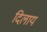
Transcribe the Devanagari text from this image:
दिलाय